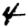
Digit: 4